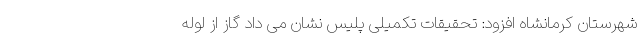
شهرستان کرمانشاه افزود: تحقیقات تکمیلی پلیس نشان می داد گاز از لوله